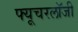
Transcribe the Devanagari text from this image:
फ्यूचरलॉजी